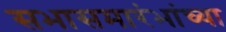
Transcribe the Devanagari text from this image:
सभासमारंभांच्या